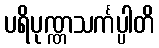
ပရိပုဏ္ဏသင်္ကပ္ပါတိ